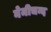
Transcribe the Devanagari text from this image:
नेमीचन्द